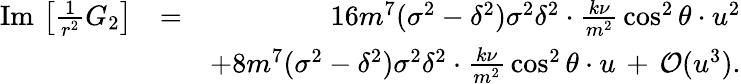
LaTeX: \begin{array}{rlr}{\mathrm{Im}\, \left[\frac{1}{r^{2}}G_{2}\right]}&{=}&{16m^{7}(\sigma^{2}-\delta^{2})\sigma^{2}\delta^{2}\cdot\frac{k\nu}{m^{2}}\, \cos^{2}\theta\cdot u^{2}}\\ &{}&{+8m^{7}(\sigma^{2}-\delta^{2})\sigma^{2}\delta^{2}\cdot\frac{k\nu}{m^{2}}\, \cos^{2}\theta\cdot u\, +\, {\cal O}(u^{3}).}\end{array}